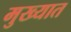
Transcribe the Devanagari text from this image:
मुख्यात